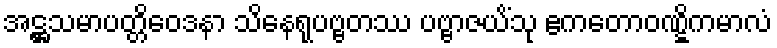
အဋ္ဌသမာပတ္တိဝေဒနာ သိနေရုပဗ္ဗတဿ ပဗ္ဗာဇယိံသု ဧကတောဝဏ္ဋိကမာလံ